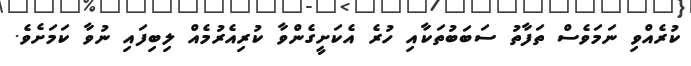
ކުރެއްވި ނަަމަވެސް ތަފާތު ސަބަބުތަކާއި ހުރެ އެކަށީގެންވާ ކުރިއެރުމެއް ލިބިފައި ނުވާ ކަމަށެވެ.